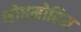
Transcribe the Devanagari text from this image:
शोधमोहिम